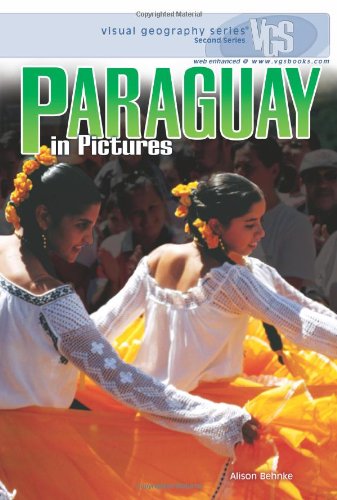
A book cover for Paraguay in Pictures (Visual Geography (Twenty-First Century)); Alison Behnke; Children's Books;